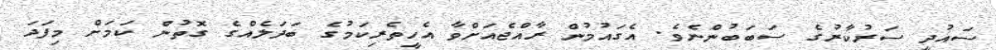
ސައުދީ ސަރުކާރުގެ ސަބަބުންނެވެ. އެގައުމުން ރާއްޖެއަށްވާ އެހީތެރިކަމުގެ ބަދަލެއްގެ ގޮތުން ކަމަށް މިފަދަ